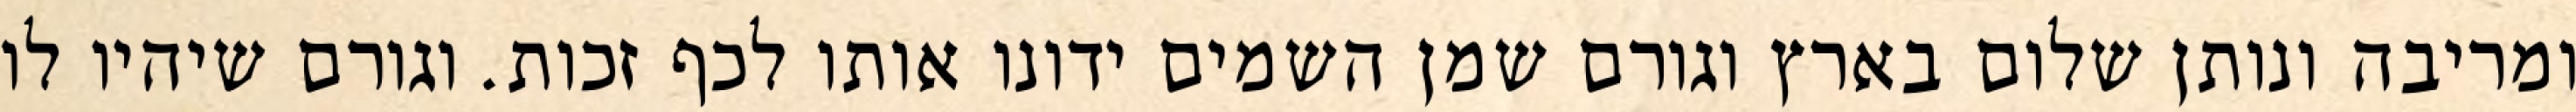
ומריבה ונותן שלום בארץ וגורם שמן השמים ידונו אותו לכף זכות. וגורם שיהיו לו